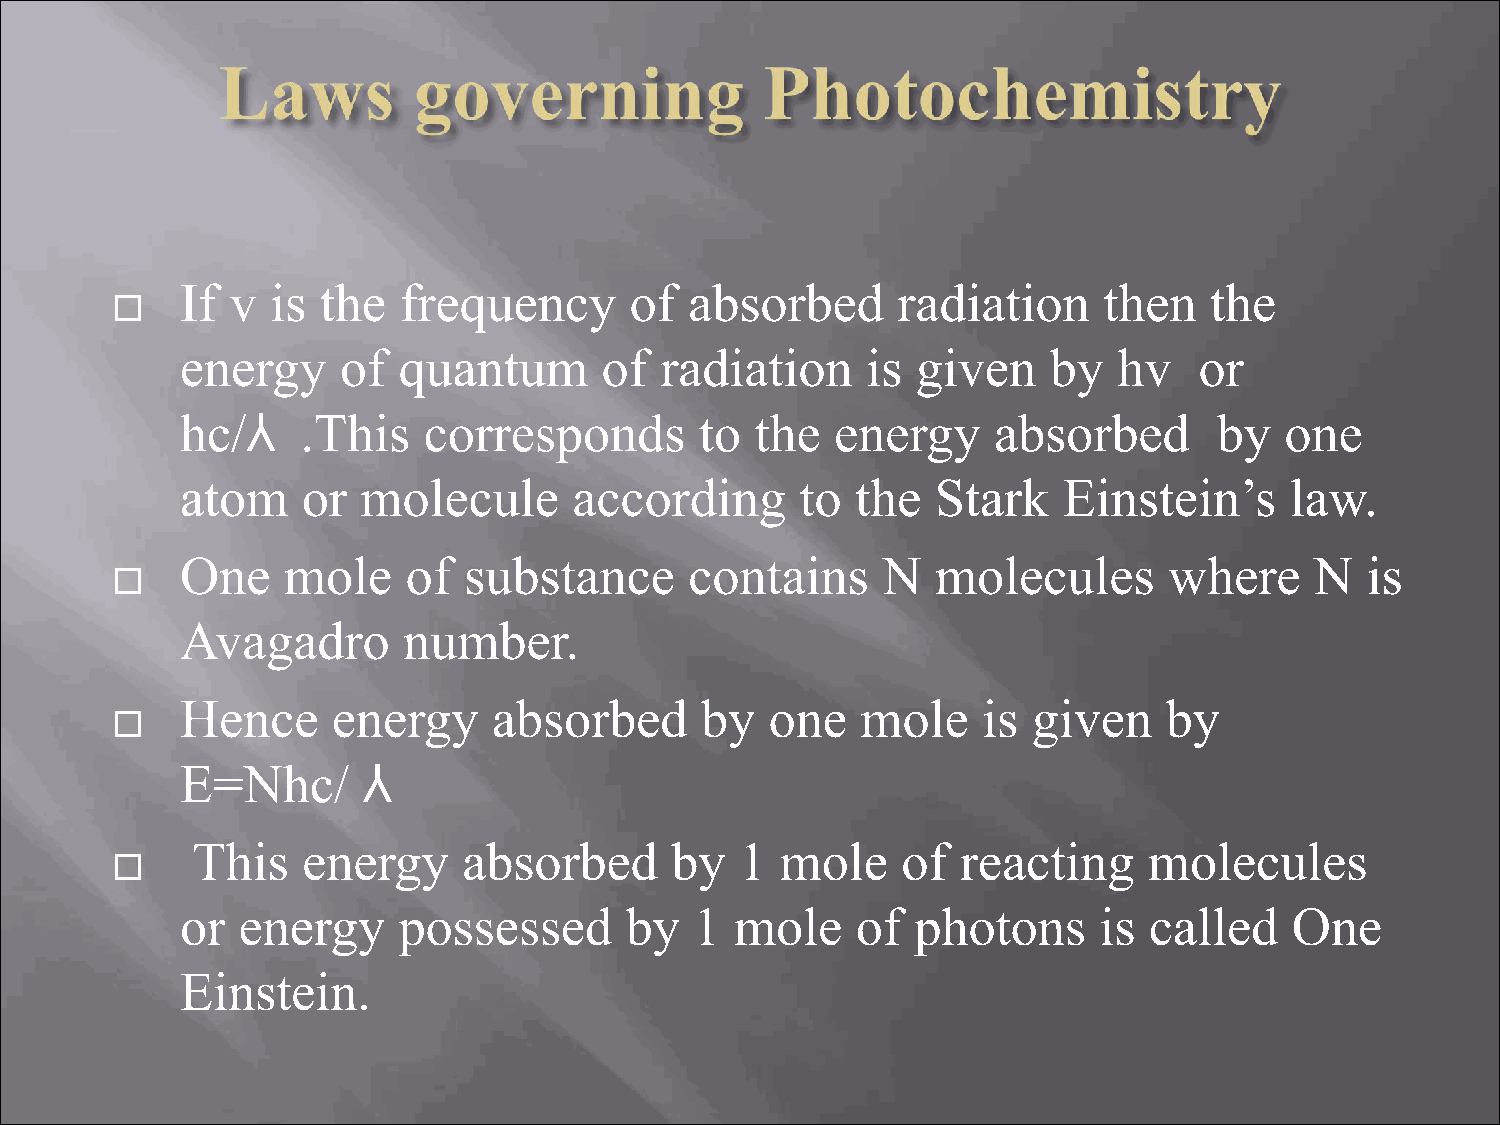
If v  is the  frequency       of  absorbed     radiation     then   the
 
 energy     of quantum       of  radiation    is  given   by   hv   or
 hc/⅄    .This   corresponds       to  the  energy     absorbed       by  one
 atom    or  molecule      according      to  the  Stark   Einstein’s     law.
 One    mole    of  substance      contains    N   molecules      where     N  is
 
 Avagadro       number.
 Hence     energy     absorbed     by   one   mole    is given    by
 
 E=Nhc/      ⅄
 This   energy     absorbed     by   1  mole    of  reacting    molecules
 
 or  energy    possessed      by   1  mole    of  photons     is called    One
 Einstein.